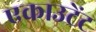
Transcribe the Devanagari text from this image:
एकाउटेंट